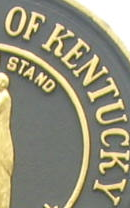
OFKENTUCKY